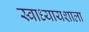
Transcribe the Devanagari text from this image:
स्वाध्यायशाला